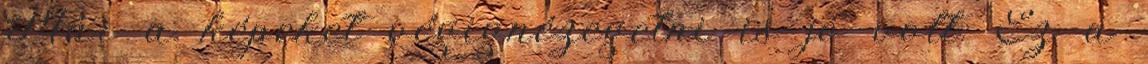
Már a képeket végignézegetni is jó volt. Ez a